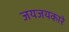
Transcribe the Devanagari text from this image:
जयजयकारे